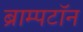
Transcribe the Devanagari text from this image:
ब्राम्पटॉन